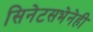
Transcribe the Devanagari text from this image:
सिनेटसभेनेही